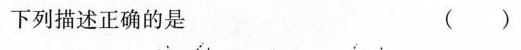
下列描述正确的是 （）